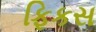
ફિકસ